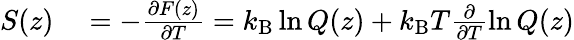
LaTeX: \begin{array}{rl}{S(z)}&{{}=-\frac{\partial F(z)}{\partial T}=k_{\mathrm{B}}\ln Q(z)+k_{\mathrm{B}}T\frac{\partial}{\partial T}\ln Q(z)}\end{array}